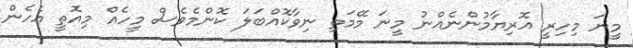
މީނަ މިހިރީ އޮރިޔާމުންނެއްނު މީނަ މޭމަތި ނިވާކޮއްބަލަ ކޮންމެވެސް މީހެއް މިއޮތީ އެހެން